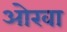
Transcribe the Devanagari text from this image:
ओरवा